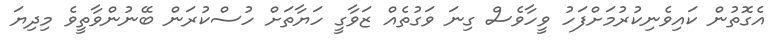
އެގޮތުން ކައިވެނިކުރުމަށްފަހު ވީހާވެސް ގިނަ ވަގުތެއް ޒަވާގީ ހަޔާތަށް ހުސްކުރަން ބޭނުންވާތީވެ މިދިޔަ